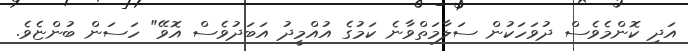
އަދި ކޮންމެވެސް ދުވަހަކުން ސަލާމަތްވާނެ ކަމުގެ އުއްމީދު އަބަދުވެސް އޮވޭ" ހަސަން ބުންޏެވެ.